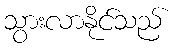
သွားလာနိုင်သည်